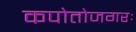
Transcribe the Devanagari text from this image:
कपोतोजगरः